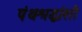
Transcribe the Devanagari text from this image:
पंथश्रद्धांशी